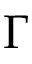
\Gamma